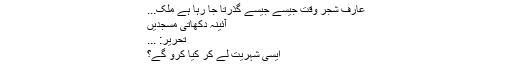
عارف شجر وقت جیسے جیسے گذرتا جا رہا ہے ملک...
آئینہ دکھاتی مسجدیں
تحریر: ...
ایسی شہریت لے کر کیا کرو گے؟